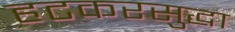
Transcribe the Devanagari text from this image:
हटकरसुद्धा